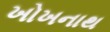
ખોખનાથ